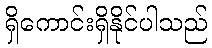
ရှိကောင်းရှိနိုင်ပါသည်